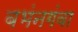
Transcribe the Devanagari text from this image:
बभंनगंवा